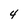
Character: 4